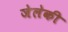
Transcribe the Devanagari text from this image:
जेलेकी